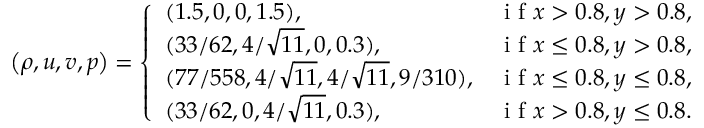
\left( \rho , u , v , p \right) = \left\{ \begin{array} { l l } { ( 1 . 5 , 0 , 0 , 1 . 5 ) , } & { \mathrm { ~ i ~ f ~ } x > 0 . 8 , y > 0 . 8 , } \\ { ( 3 3 / 6 2 , 4 / \sqrt { 1 1 } , 0 , 0 . 3 ) , } & { \mathrm { ~ i ~ f ~ } x \leq 0 . 8 , y > 0 . 8 , } \\ { ( 7 7 / 5 5 8 , 4 / \sqrt { 1 1 } , 4 / \sqrt { 1 1 } , 9 / 3 1 0 ) , } & { \mathrm { ~ i ~ f ~ } x \leq 0 . 8 , y \leq 0 . 8 , } \\ { ( 3 3 / 6 2 , 0 , 4 / \sqrt { 1 1 } , 0 . 3 ) , } & { \mathrm { ~ i ~ f ~ } x > 0 . 8 , y \leq 0 . 8 . } \end{array} \right.